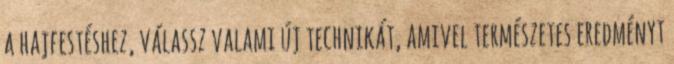
a hajfestéshez, válassz valami új technikát, amivel természetes eredményt